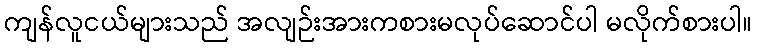
ကျန်လူငယ်များသည် အလျဉ်းအားကစားမလုပ်ဆောင်ပါ မလိုက်စားပါ။